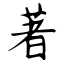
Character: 著